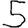
Digit: 5